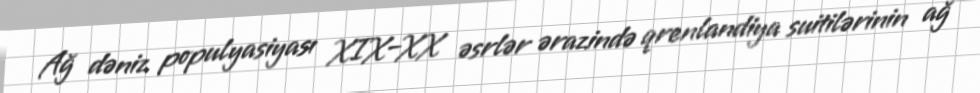
Ağ dəniz populyasiyası XIX–XX əsrlər ərazində qrenlandiya suitilərinin ağ